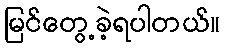
မြင်တွေ့ခဲ့ရပါတယ်။